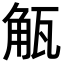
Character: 𮗩